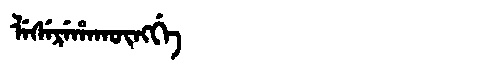
Manchu: ᠯᡝᠰᡝᡵᡝᡥᠠᡴᡡᠩᡤᡝ
Romanization: LESEREHAKŪNGGE